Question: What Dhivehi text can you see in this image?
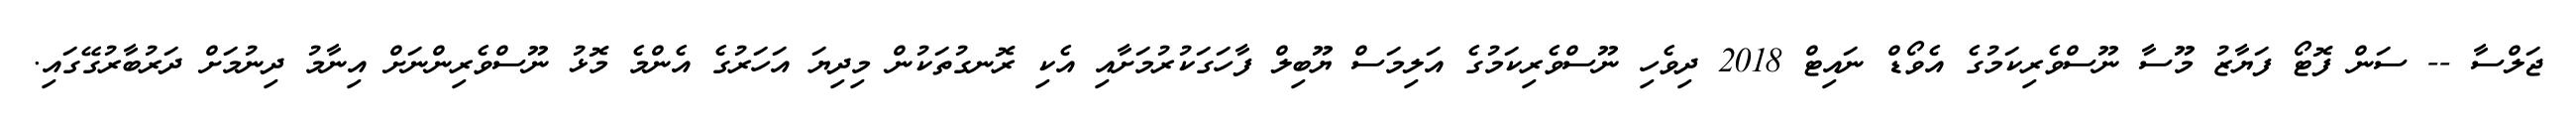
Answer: ޖަލްސާ -- ސަން ފޮޓޯ ފަޔާޒު މޫސާ ނޫސްވެރިކަމުގެ އެވޯޑް ނައިޓް 2018 ދިވެހި ނޫސްވެރިކަމުގެ އަލިމަސް ޔޫބިލް ފާހަގަކުރުމަށާއި އެކި ރޮނގުތަކުން މިދިޔަ އަހަރުގެ އެންމެ މޮޅު ނޫސްވެރިންނަށް އިނާމު ދިނުމަށް ދަރުބާރުގޭގައި.